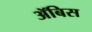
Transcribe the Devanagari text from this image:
ॲबिस